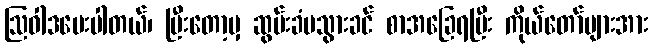
ဩဝါဒပေးပါတယ်၊ ပြီးတော့မှ ဆွမ်းခံမသွားခင် စာအခြေရပြီး ကိုယ်တော်များအား